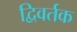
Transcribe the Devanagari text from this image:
द्विवर्तक